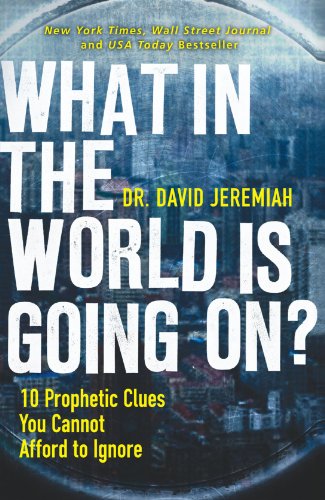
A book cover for What in the World is Going On?: 10 Prophetic Clues You Cannot Afford to Ignore; David Jeremiah; Christian Books & Bibles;